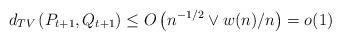
LaTeX: \begin{align*}d_{TV}\left(P_{t+1}, Q_{t+1}\right) \leq O\left(n^{-1/2} \vee w(n)/n\right) = o(1)\end{align*}